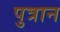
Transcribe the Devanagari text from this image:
पुत्रान